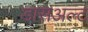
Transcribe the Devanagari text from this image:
डासअल्ट